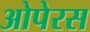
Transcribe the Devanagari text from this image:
ओपेरस